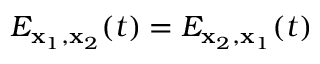
E _ { \mathbf { x } _ { 1 } , \mathbf { x } _ { 2 } } ( t ) = E _ { \mathbf { x } _ { 2 } , \mathbf { x } _ { 1 } } ( t )